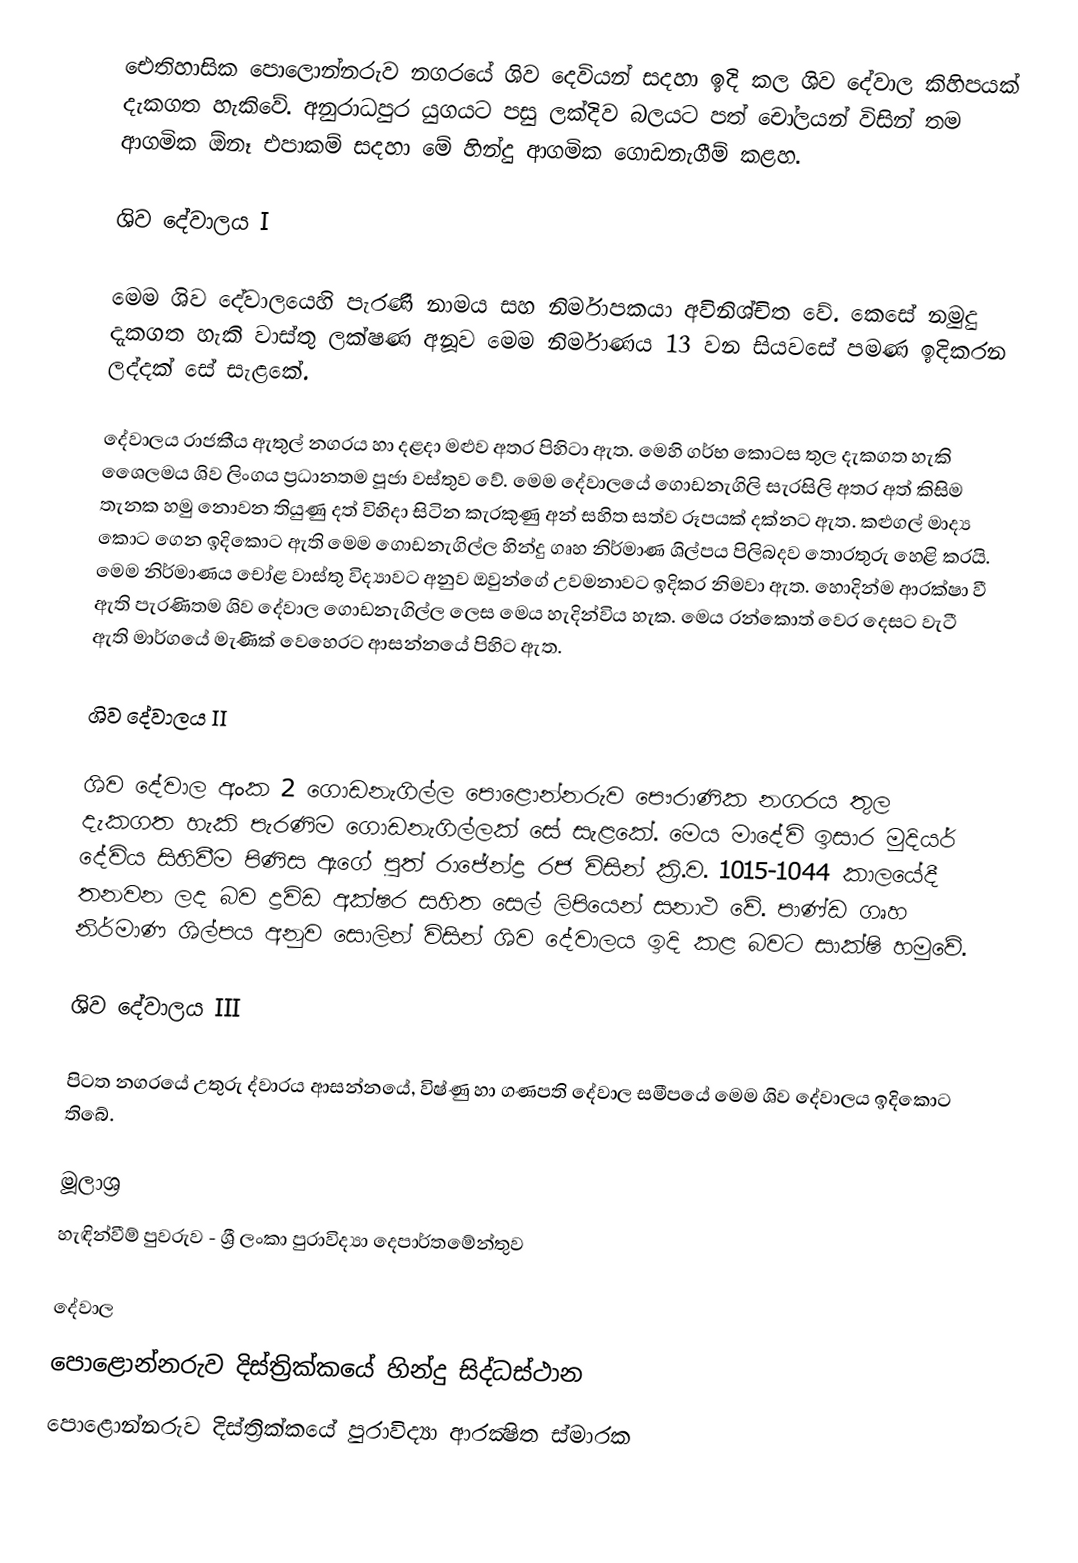
ඓතිහාසික පොලොන්නරුව නගරයේ ශිව දෙවියන් සදහා ඉදි කල ශිව දේවාල කිහිපයක් දැකගත හැකිවේ. අනුරාධපුර යුගයට පසු ලක්දිව බලයට පත් චෝලයන් විසින් තම ආගමික ඕනෑ එපාකම් සදහා මේ හින්දු ආගමික ගොඩනැගීම් කළහ.

ශිව දේවාලය I

මෙම ශිව දේවාලයෙහි පැරණි නාමය සහ නිර්මාපකයා අවිනිශ්චිත වේ. කෙසේ නමුදු දැකගත හැකි වාස්තු ලක්ෂණ අනූව මෙම නිර්මාණය 13 වන සියවසේ පමණ ඉදිකරන ලද්දක් සේ සැළකේ.

දේවාලය රාජකීය ඇතුල් නගරය හා දළදා මළුව අතර පිහිටා ඇත. මෙහි ගර්භ කොටස තුල දැකගත හැකි ශෙෙලමය ශිව ලිංගය ප්‍රධානතම පූජා වස්තුව වේ. මෙම දේවාලයේ ගොඩනැගිලි සැරසිලි අතර අත් කිසිම තැනක හමු නොවන තියුණු දත් විහිදා සිටින කැරකුණු අන් සහිත සත්ව රූපයක් දක්නට ඇත. කළුගල් මාද්‍ය කොට ගෙන ඉදිකොට ඇති මෙම ගොඩනැගිල්ල හින්දු ගෘහ නිර්මාණ ශිල්පය පිලිබදව තොරතුරු හෙළි කරයි. මෙම නිර්මාණය චෝළ වාස්තු විද්‍යාවට අනුව ඔවුන්ගේ උවමනාවට ඉදිකර නිමවා ඇත. හොදින්ම ආරක්ෂා වී ඇති පැරණිතම ශිව දේවාල ගොඩනැගිල්ල ලෙස මෙය හැදින්විය හැක. මෙය රන්කොත් වෙර දෙසට වැටී ඇති මාර්ගයේ මැණික් වෙහෙරට ආසන්නයේ පිහිට ඇත.

ශිව දේවාලය II

ශිව දේවාල අංක 2 ගොඩනැගිල්ල පොළොන්නරුව පෞරාණික නගරය තුල දැකගත හැකි පැරණිම ගොඩනැගිල්ලක් සේ සැළකේ. මෙය මාදේවි ඉසාර මුදියර් දේවිය සිහිවීම පිණිස ඇගේ පුත් රාජේන්ද්‍ර රජ විසින් ක්‍රි.ව. 1015-1044 කාලයේදී තනවන ලද බව ද්‍රවිඩ අක්ෂර සහිත සෙල් ලිපියෙන් සනාථ වේ. පාණ්ඩ ගෘහ නිර්මාණ ශිල්පය අනුව සොලින් විසින් ශිව දේවාලය ඉදි කළ බවට සාක්ෂි හමුවේ.

ශිව දේවාලය III

පිටත නගරයේ උතුරු ද්වාරය ආසන්නයේ, විෂ්ණු හා ගණපති දේවාල සමීපයේ මෙම ශිව දේවාලය ඉදිකොට තිබේ.

මූලාශ්‍ර
හැඳින්වීම් පුවරුව - ශ්‍රී ලංකා පුරාවිද්‍යා දෙපාර්තමේන්තුව

දේවාල
පොළොන්නරුව දිස්ත්‍රික්කයේ හින්දු සිද්ධස්ථාන
පොළොන්නරුව දිස්ත්‍රික්කයේ පුරාවිද්‍යා ආරක්‍ෂිත ස්මාරක